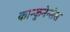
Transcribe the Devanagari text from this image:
कान्कुनेन्सेस